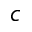
c